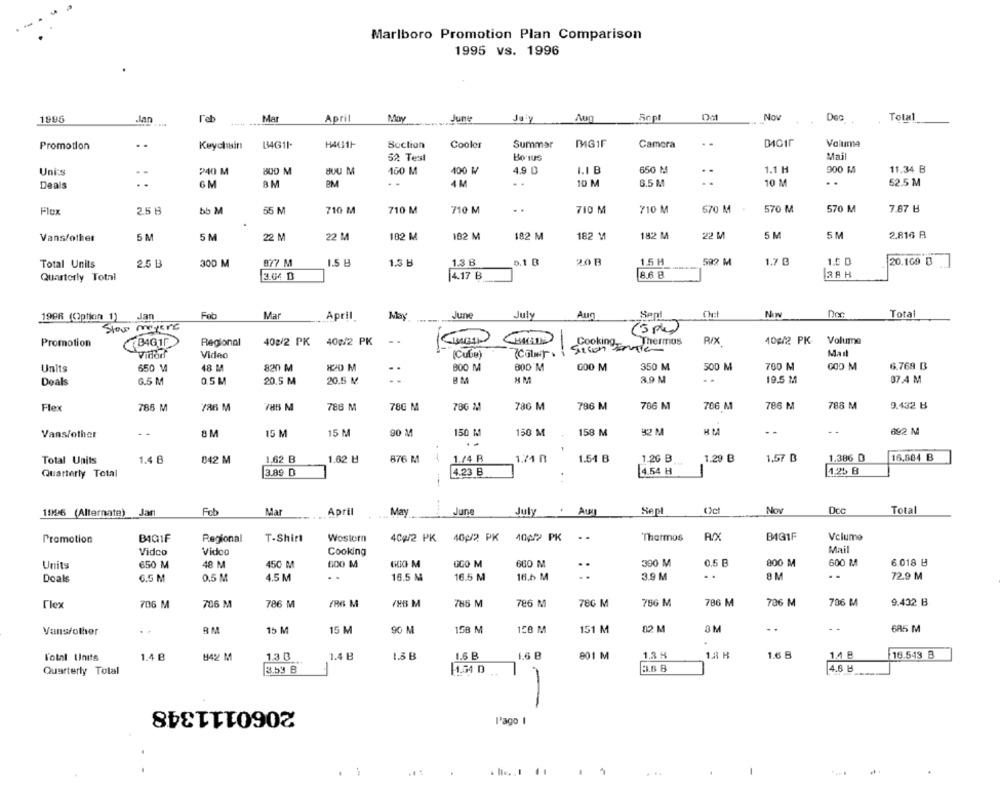
Marlboro Promotion Plan Comparison
1995 vs. 1996
199
l'eb
Mar
April
May
June
Ropt
Nov
Total
DIGIF
Valuma
Promotion
LA4G11-
H4611
Soction
Cooler
Summer
Camera
52 Test
Bo Tus
Mail
Uni:s
240 M
800 M
BUU M
160 M
100 W
4.9 0
1.1 B
650 M
1.1 H
900 M
11.34 B
8 M
PM
..
10 M
6.5 M
10 M
..
52.5 M
Deals
..
6 M
..
4 M
Flex
2.5 8
bb M
710 M
710 M
710 M
..
710 M
710 M
570 M
570 M
570 M
7.87 B
Vans/other
5 M
5 M
22 N
22 M
182 M
102 M
182 M
182 M
182 M
5 M
5M
2.816 B
877 M
1.3 B
0.1 B
2.0 B
15 H
592 M
1.7 0
20.169 D
Total Units
2.5 B
300 M
1.5 B
1.3 B
Quarterly Total
3.04 D
14.17 B
RAH
1998 (Option 1) Jan
Fob
Mar
April
June
July
Aug
Sept
NIN
Total
40g/2 PK
40g/2 PK
Cooking.
Thermos
RIX
104/2 PK
Volume
Promotion
BAG 1P
Regional
Vidorf
Video
(Cube)
Mail
Units
650 M
48 M
820 M
..
800 M
300 M
GOO M
350 M
500 M
700 M
GOD M
6.768 B
6.5 M
0.5M
20.5 M
20.5 M
BM
3.9 M
19.5 M
07.4 M
Deals
Flex
786 M
786 M
78G M
780 M
786 M
786 M
706 M
706 M
786 M
788 M
9.432 B
Vans/other
- -
8M
15 M
15 M
90 %
150 M
150 M
158 M
- -
..
692 M
Total Units
1.4 B
842 M
1.62 B
1.02 H
876 M
1./4 P
1.74 B
1.54 B
1.20 B
1.29 B
1.57 B
1.386 D
16,884 B
Quarterly Total
3.89 D
4.23 B
4.54 H
1.25 B
1996 (Alternate) Jan
Feb
Mar
April
May
June
July
Aur
Sept
Ccl
Nov
Dcc
Total
Promotion
BIGIF
Regional
T-Shirt
Western
404/2 PK 40/2 PK 4022 PK
..
Thatmos
B4GIF
Volume
Vidco
Video
Cooking
Mail
GCO M
660 M
300 M
0.5 B
800 M
600 MM
6.018 H
Units
650 M
48 M
450 M
600 M
..
Doals
6.5 M
0.5 M
4.5 M
..
16.5 M
16.5 M
16.6 M
3.9 M
. .
8 M
..
72.9 M
785 M
786 M
9.432 B
Гех
706 M
706 M
786 M
186 M
/HB M
786 M
780 M
786 M
786 M
706 M
Vans/other
BM
15 M
15 M
90
158 M
158 M
151 M
12 M
3M
..
685 M
l'otal Units
1.4 B
842 M
130
1.4 B
1.5 B
1.6 B
1.6 B
801 M
1.3 4
1.8 H
1.6 B
1.4 B
16.543 B
Quarterly Total
3.53 B
4.34 D
4.8 B
-
2060111348
l'ago I